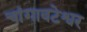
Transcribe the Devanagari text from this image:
चांगावटेश्वर